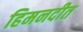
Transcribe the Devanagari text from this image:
हिमनदीत